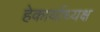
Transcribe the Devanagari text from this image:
हेकार्याध्यक्ष